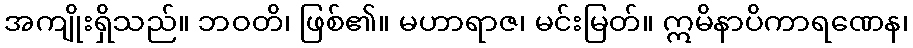
အကျိုးရှိသည်။ ဘဝတိ၊ ဖြစ်၏။ မဟာရာဇ၊ မင်းမြတ်။ ဣမိနာပိကာရဏေန၊